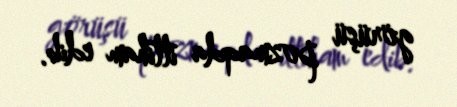
görüşü pozmaqda ittiham edib.